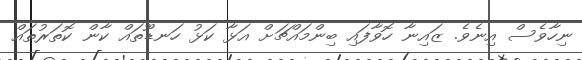
ނިހާވެސް އިނެވެ. ޒައިނާ ހޮވާފައި ބިންމައްޗަށް އަޅާ ކަޅު ހަނޑޫތައް ކާން ކޮތަރުތައް